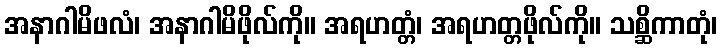
အနာဂါမိဖလံ၊ အနာဂါမိဖိုလ်ကို။ အရဟတ္တံ၊ အရဟတ္တဖိုလ်ကို။ သစ္ဆိကာတုံ၊